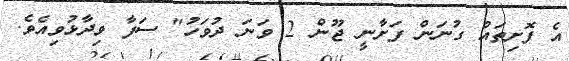
އެ ފޮށިތައް ގުނަން ފަށާނީ ޖޫން 2 ވަނަ ދުވަހު" ސަފާ ވިދާޅުވިއެވެ.